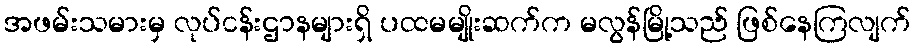
အဖမ်းသမားမှ လုပ်ငန်းဌာနများရှိ ပထမမျိုးဆက်က မလွန်မြို့သည် ဖြစ်နေကြလျက်